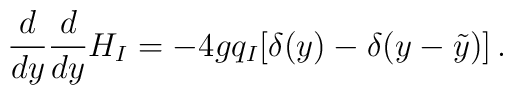
{d\over d y}  {d\over d y} H_I= -4g q_I [\delta(y) - \delta(y-\tilde y)]\,.